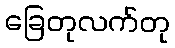
ခြေတုလက်တု